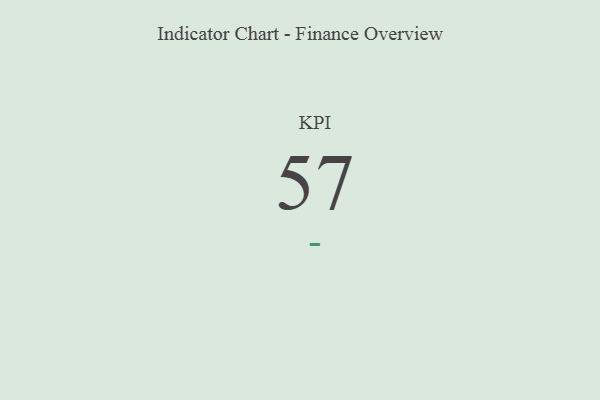
{"axis": {"x": "KPI", "y": "Value"}, "legend": [""], "data": [{"x": "KPI", "y": 57, "type": ""}]}